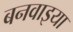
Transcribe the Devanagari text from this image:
बनवाइया